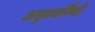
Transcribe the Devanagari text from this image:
अमृतवर्षिणी